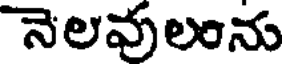
నెలవులంను